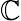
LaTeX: \mathbb{\mathbb{C}}